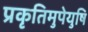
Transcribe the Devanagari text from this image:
प्रकृतिमुपेयुषि